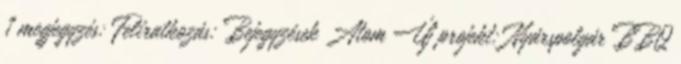
1 megjegyzés: Feliratkozás: Bejegyzések Atom Új projekt: Nyárspolgár BBQ